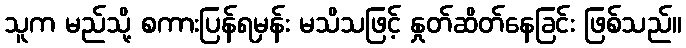
သူက မည်သို့ စကားပြန်ရမှန်း မသိသဖြင့် နှုတ်ဆိတ်နေခြင်း ဖြစ်သည်။